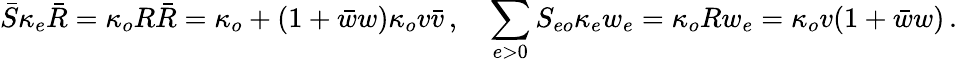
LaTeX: \bar{S}\kappa_{e}\bar{R}=\kappa_{o}R\bar{R}=\kappa_{o}+(1+\bar{w}w)\kappa_{o}v\bar{v}\, ,\quad\sum_{e>0}S_{eo}\kappa_{e}w_{e}=\kappa_{o}Rw_{e}=\kappa_{o}v(1+\bar{w}w)\, .